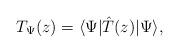
LaTeX: \begin{align*}T_\Psi(z) = \langle\Psi| \hat T(z) |\Psi\rangle,\end{align*}